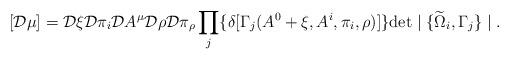
LaTeX: \begin{align*}[{\cal D} \mu] = {\cal D} \xi {\cal D} \pi_i {\cal D} A^\mu {\cal D} \rho {\cal D} \pi_\rho \prod_j \{ \delta[ \Gamma_j (A^0+\xi, A^i, \pi_i, \rho) ] \} \mbox{det} \mid \{\widetilde{\Omega}_i, \Gamma_j \} \mid.\end{align*}